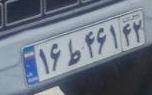
۱۶ط۴۶۱۴۲